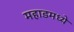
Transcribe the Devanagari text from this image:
महाडमध्ये